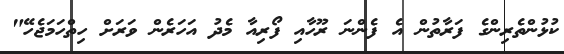
ކުޅުންތެރިންގެ ފަރާތުން އެ ފެންނަ ރޫހާއި ފޯރިއާ މެދު އަހަރެން ވަރަށް ހިތްހަމަޖެހޭ"